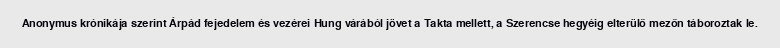
Anonymus krónikája szerint Árpád fejedelem és vezérei Hung várából jövet a Takta mellett, a Szerencse hegyéig elterülő mezőn táboroztak le.